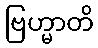
ဗြဟ္မာတိ